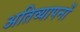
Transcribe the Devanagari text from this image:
अतिव्यापनों